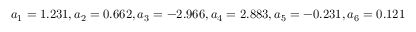
a _ { 1 } = 1 . 2 3 1 , a _ { 2 } = 0 . 6 6 2 , a _ { 3 } = - 2 . 9 6 6 , a _ { 4 } = 2 . 8 8 3 , a _ { 5 } = - 0 . 2 3 1 , a _ { 6 } = 0 . 1 2 1